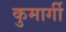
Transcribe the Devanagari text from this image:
कुमार्गी